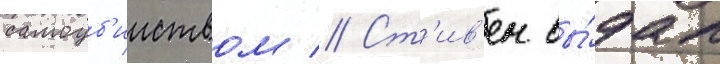
самоуб'ииством // Ст'ив'ен вы́дал